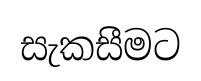
සැකසීමට